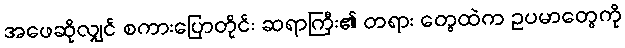
အဖေဆိုလျှင် စကားပြောတိုင်း ဆရာကြီး၏ တရား တွေထဲက ဥပမာတွေကို